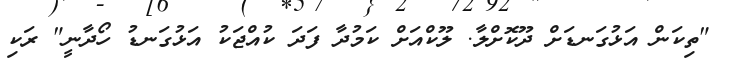
"ތިކަން އަޅުގަނޑަށް ދޫކޮށްލާ. ލޫކްއަށް ކަމުދާ ފަދަ ކުއްޖަކު އަޅުގަނޑު ހޯދާނީ" ރަކި